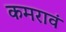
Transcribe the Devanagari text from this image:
कमरावं